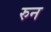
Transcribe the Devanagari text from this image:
रुन